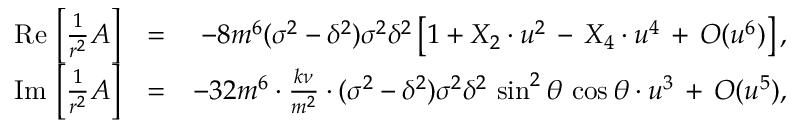
\begin{array} { r l r } { \mathrm { R e } \, \left[ \frac { 1 } { r ^ { 2 } } A \right] } & { = } & { - 8 m ^ { 6 } ( \sigma ^ { 2 } - \delta ^ { 2 } ) \sigma ^ { 2 } \delta ^ { 2 } \left[ 1 + X _ { 2 } \cdot u ^ { 2 } \, - \, X _ { 4 } \cdot u ^ { 4 } \, + \, { \cal O } ( u ^ { 6 } ) \right] , } \\ { \mathrm { I m } \, \left[ \frac { 1 } { r ^ { 2 } } A \right] } & { = } & { - 3 2 m ^ { 6 } \cdot \frac { k \nu } { m ^ { 2 } } \cdot ( \sigma ^ { 2 } - \delta ^ { 2 } ) \sigma ^ { 2 } \delta ^ { 2 } \, \sin ^ { 2 } \theta \, \cos \theta \cdot u ^ { 3 } \, + \, { \cal O } ( u ^ { 5 } ) , } \end{array}